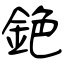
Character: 銫